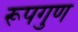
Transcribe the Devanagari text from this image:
रूपगुण